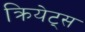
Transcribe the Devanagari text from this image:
क्रियेट्स